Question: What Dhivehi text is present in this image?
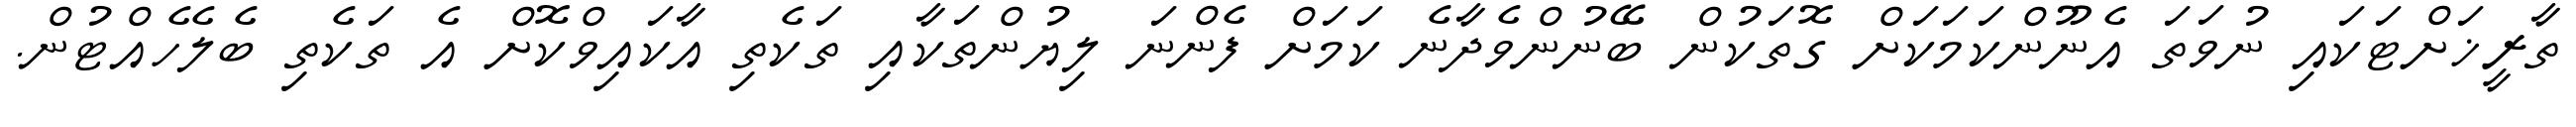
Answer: ތާރީޚަށްޓަކައި ނުވަތަ އެނޫންކަމަކަށް ގޮތަކުން ބޭނުންވެދާނެ ކަމަށް ފެންނަ ލިޔުންތަކާއި ތަކެތި އާކައިވްކޮށް އެ ތަކެތި ބެލެހެއްޓުން.